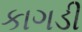
કાગડી